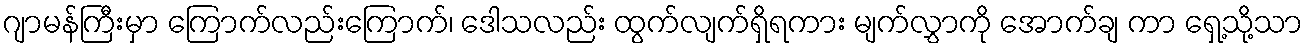
ဂျာမန်ကြီးမှာ ကြောက်လည်းကြောက်၊ ဒေါသလည်း ထွက်လျက်ရှိရကား မျက်လွှာကို အောက်ချ ကာ ရှေ့သို့သာ